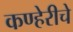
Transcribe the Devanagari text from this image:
कण्हेरीचे